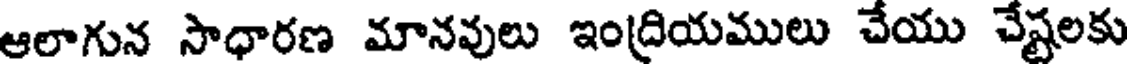
ఆలాగున సాధారణ మానవులు ఇంద్రియములు చేయు చేష్టలకు